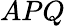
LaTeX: APQ